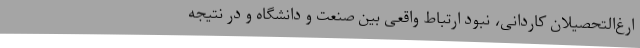
ارغ‌التحصیلان کاردانی، نبود ارتباط واقعی بین صنعت و دانشگاه و در نتیجه